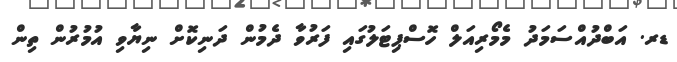
ޑރ. އަބްދުއްސަމަދު މެމޯރިއަލް ހޮސްޕިޓަލުގައި ފަރުވާ ދެމުން ދަނިކޮށް ނިޔާވި އުމުރުން ތިން